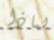
لماذا